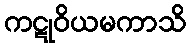
ကဋုဝိယမကာသိ